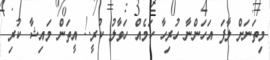
މިތަނަށް ލާފަ އަހަންނާ ހުރިހާ ކަމެއް ހަވާލު ކުރީ.! އީތަން މައިޝާ ކުރި